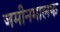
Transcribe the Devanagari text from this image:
जमीनमालक